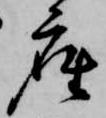
座